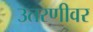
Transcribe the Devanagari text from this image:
उतरणीवर